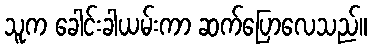
သူက ခေါင်းခါယမ်းကာ ဆက်ပြောလေသည်။